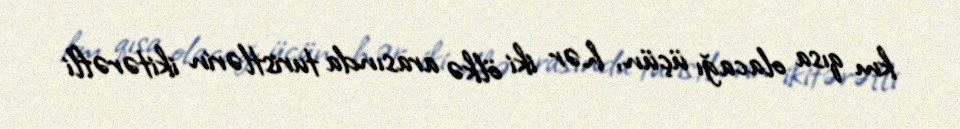
km qısa olacağı üçün, hər iki ölkə arasında turistlərin ikitərəfli